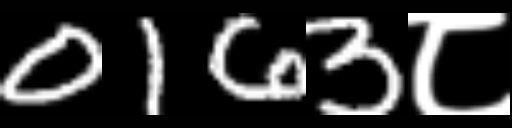
Text: 0163८